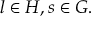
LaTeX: l \in H , s \in G .